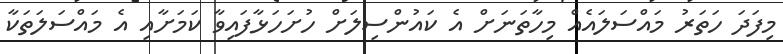
މިފަދަ ހަތަރު މައްސަލައެއް މިހާތަނަށް އެ ކައުންސިލަށް ހުށަހަޅާފައިވާ ކަމަށާއި އެ މައްސަލަތަކާ